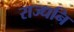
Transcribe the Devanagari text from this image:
राज्धनि